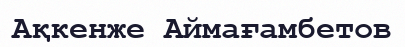
Ақкенже Аймағамбетов